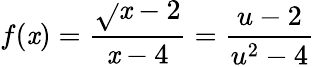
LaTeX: f(\mathit{x})=\frac{{\sqrt{}{{\mathit{x}}}-2}}{{\mathit{x}-4}}=\frac{{u-2}}{{u^{2}-4}}